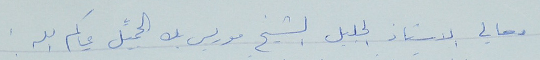
معالي الاستاذ الجليل الشيخ موريس بك الجميِّل حياكم الله.